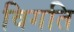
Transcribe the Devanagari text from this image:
विगति